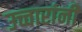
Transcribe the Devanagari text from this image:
उच्चारांनी